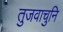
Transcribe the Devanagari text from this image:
तुजवाचुनि